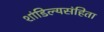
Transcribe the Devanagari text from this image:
शांडिल्यसंहिता